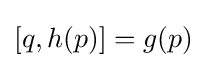
{\textstyle [q,h(p)]=g(p)}